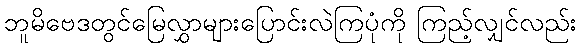
ဘူမိဗေဒတွင်မြေလွှာများပြောင်းလဲကြပုံကို ကြည့်လျှင်လည်း